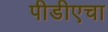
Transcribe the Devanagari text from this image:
पीडीएचा